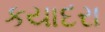
કયાદરા